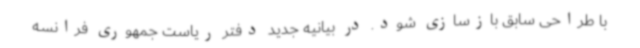
با طراحی سابق بازسازی شود. در بیانیه جدید دفتر ریاست جمهوری فرانسه